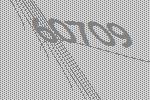
60709